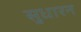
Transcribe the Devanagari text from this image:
सुधारन